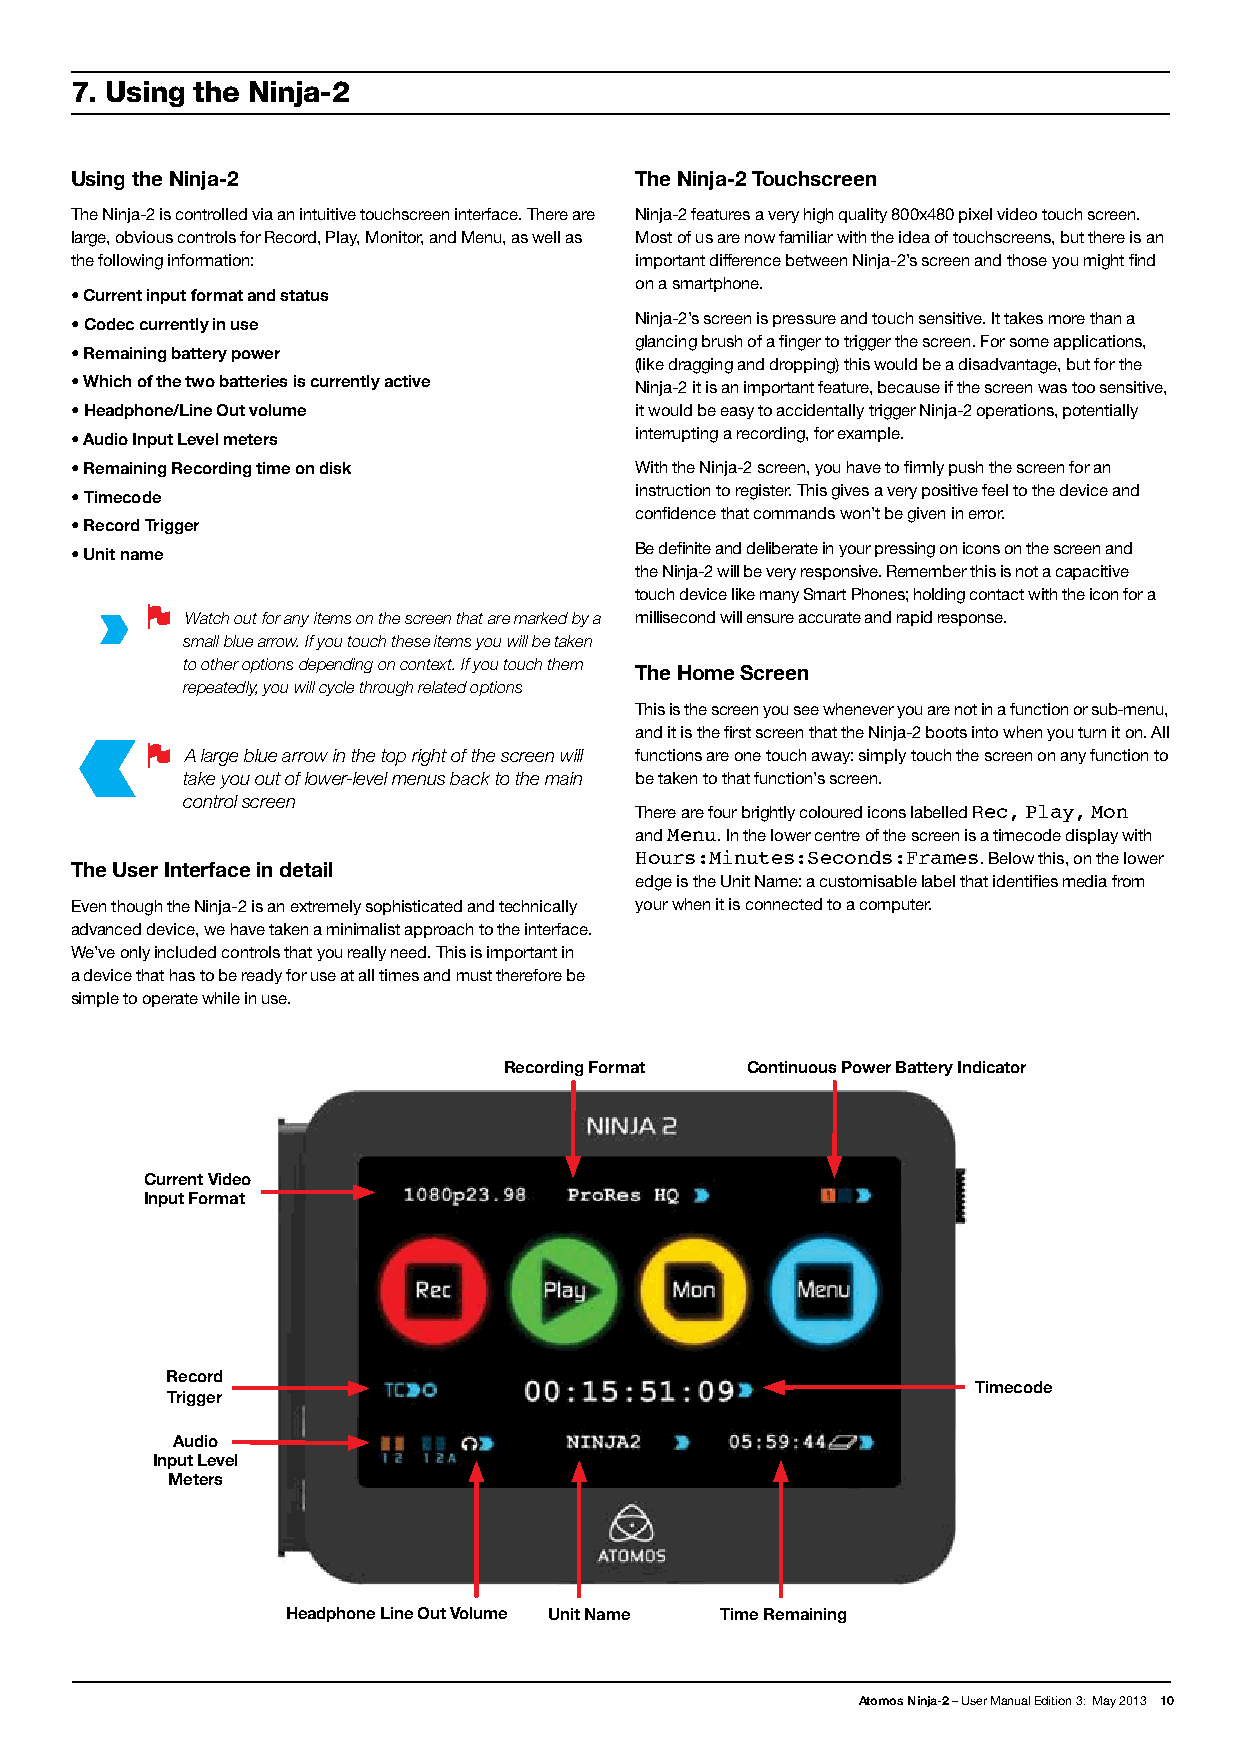
7. Using the Ninja-2
 Using the Ninja-2                    The Ninja-2 Touchscreen
 The Ninja-2 is controlled via an intuitive touchscreen interface. There are Ninja-2 features a very high quality 800x480 pixel video touch screen.
 large, obvious controls for Record, Play, Monitor, and Menu, as well as Most of us are now familiar with the idea of touchscreens, but there is an
 the following information:           important difference between Ninja-2’s screen and those you might find
 on a smartphone.
 • Current input format and status
 • Codec currently in use             Ninja-2’s screen is pressure and touch sensitive. It takes more than a
 glancing brush of a finger to trigger the screen. For some applications,
 • Remaining battery power
 (like dragging and dropping) this would be a disadvantage, but for the
 • Which of the two batteries is currently active Ninja-2 it is an important feature, because if the screen was too sensitive,
 • Headphone/Line Out volume          it would be easy to accidentally trigger Ninja-2 operations, potentially
 interrupting a recording, for example.
 • Audio Input Level meters
 • Remaining Recording time on disk   With the Ninja-2 screen, you have to firmly push the screen for an
 instruction to register. This gives a very positive feel to the device and
 • Timecode
 confidence that commands won’t be given in error.
 • Record Trigger
 Be definite and deliberate in your pressing on icons on the screen and
 • Unit name
 the Ninja-2 will be very responsive. Remember this is not a capacitive
 touch device like many Smart Phones; holding contact with the icon for a
 Watch out for any items on the screen that are marked by a millisecond will ensure accurate and rapid response.
 small blue arrow. If you touch these items you will be taken
 to other options depending on context. If you touch them
 The Home Screen
 repeatedly, you will cycle through related options
 This is the screen you see whenever you are not in a function or sub-menu,
 and it is the first screen that the Ninja-2 boots into when you turn it on. All
 A large blue arrow in the top right of the screen will functions are one touch away: simply touch the screen on any function to
 take you out of lower-level menus back to the main be taken to that function’s screen.
 control screen
 There are four brightly coloured icons labelled Rec, Play, Mon
 and Menu. In the lower centre of the screen is a timecode display with
 Hours:Minutes:Seconds:Frames. Below this, on the lower
 The User Interface in detail
 edge is the Unit Name: a customisable label that identifies media from
 Even though the Ninja-2 is an extremely sophisticated and technically your when it is connected to a computer.
 advanced device, we have taken a minimalist approach to the interface.
 We’ve only included controls that you really need. This is important in
 a device that has to be ready for use at all times and must therefore be
 simple to operate while in use.
 Recording Format Continuous Power Battery Indicator
 Current Video
 Input Format
 Record
 Timecode
 Trigger
 Audio
 Input Level
 Meters
 Headphone Line Out Volume Unit Name Time Remaining
 Atomos Ninja-2 – User Manual Edition 3: May 2013 10